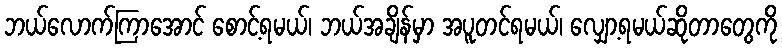
ဘယ်လောက်ကြာအောင် စောင့်ရမယ်၊ ဘယ်အချိန်မှာ အပူတင်ရမယ်၊ လျှော့ရမယ်ဆိုတာတွေကို